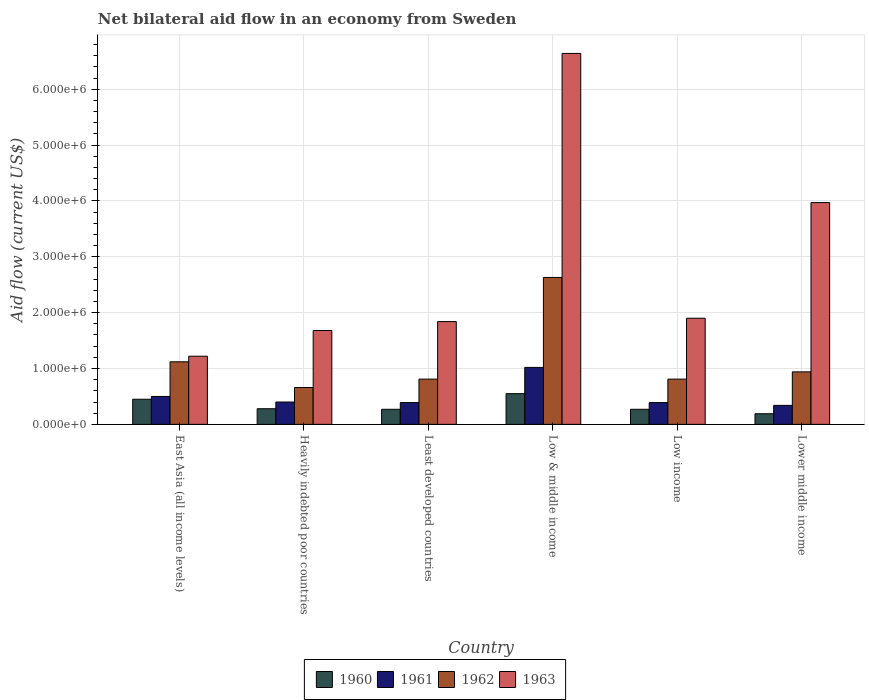
| Country | 1960 | 1961 | 1962 | 1963 |
 | --- | --- | --- | --- | --- |
 | East Asia (all income levels) | 4.5e+05 | 5e+05 | 1.12e+06 | 1.22e+06 |
 | Heavily indebted poor countries | 2.8e+05 | 4e+05 | 6.6e+05 | 1.68e+06 |
 | Least developed countries | 2.7e+05 | 3.9e+05 | 8.1e+05 | 1.84e+06 |
 | Low & middle income | 5.5e+05 | 1.02e+06 | 2.63e+06 | 6.64e+06 |
 | Low income | 2.7e+05 | 3.9e+05 | 8.1e+05 | 1.9e+06 |
 | Lower middle income | 1.9e+05 | 3.4e+05 | 9.4e+05 | 3.97e+06 |